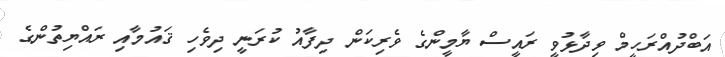
އަބްދުއްރަހީމް ވިދާޅުވީ ރައީސް ޔާމީންގެ ވެރިކަން ދިފާއު ކުރަނީ ދިވެހި ޤައުމާއި ރައްޔިތުންގެ